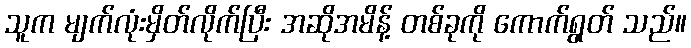
သူက မျက်လုံးမှိတ်လိုက်ပြီး အဆိုအမိန့် တစ်ခုကို ကောက်ရွတ် သည်။